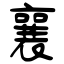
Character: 襄